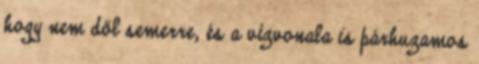
hogy nem dől semerre, és a vízvonala is párhuzamos